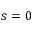
s = 0